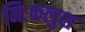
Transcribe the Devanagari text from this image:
निःकलुश